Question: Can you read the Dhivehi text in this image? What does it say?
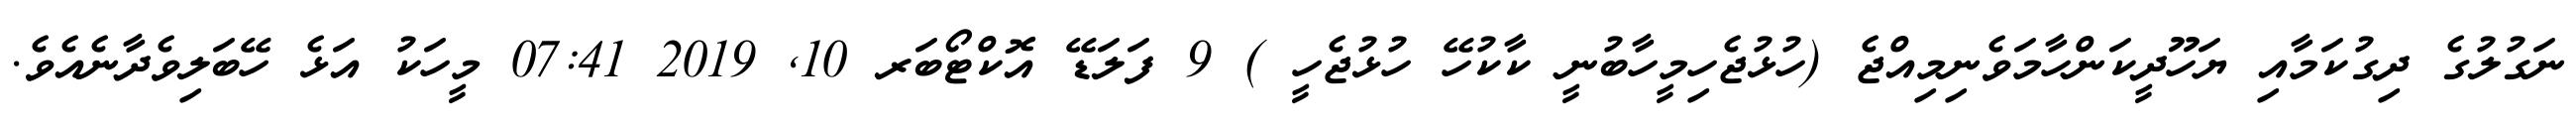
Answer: ނަގުލުގެ ދިގުކަމާއި ޔަހޫދީކަންހާމަވެނިމިއްޖެ (ހުޅުޖެހިމީހާބުނީ ކާކުހޭ ހުޅުޖެހީ ) 9 ފަލަޑޭ އޮކްޓޯބަރ 10, 2019 07:41 މީހަކު އަޅެ ހޭބަލިވެދާނެއެވެ.